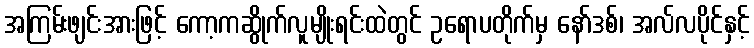
အကြမ်းဖျင်းအားဖြင့် ကော့ကဆွိုက်လူမျိုးရင်းထဲတွင် ဥရောပတိုက်မှ နော်ဒစ်၊ အလ်လပိုင်နှင့်